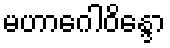
မဟာဂေါဝိန္ဒော